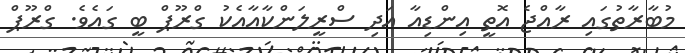
މުބާރާތުގައި ރާއްޖެ އޮތީ އިންޑިއާ އަދި ސްރީލަންކާއާއެކު ގްރޫޕް ބީ ގައެވެ. ގްރޫޕް